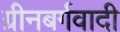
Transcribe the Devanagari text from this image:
ग्रीनबर्गवादी